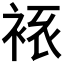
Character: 𧘾